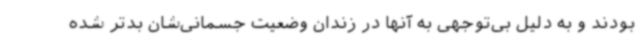
بودند و به دلیل بی‌توجهی به آنها در زندان وضعیت جسمانی‌شان بدتر شده